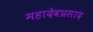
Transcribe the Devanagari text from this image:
महादेवप्रसाद